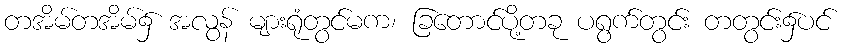
တအိမ်တအိမ်၌ အလွန် များရုံတွင်မက၊ ခြတောင်ပို့တခု ပရွက်တွင်း တတွင်း၌ပင်